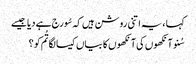
کہا ، یہ اتنی روشن ہیں کہ سُورج ہے دیا جیسے
سُنو آنکھوں کی آنکھوں کا بیاں کیسا لگا تُم کو ؟